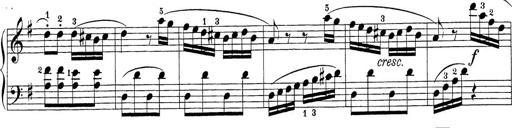
Title: Sonatina Album
Composer: Louis KÃ¶hler